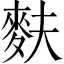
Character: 麩